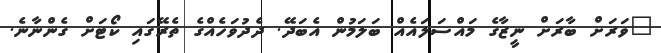
"ވަރަށް ބާރަށް ނީޒާގެ މައްސަލައެއް ބަލަމުން އެބަދޭ. ދެދުވަހެއްގެ ތެރޭގައި ކޯޓަށް ގެންނާނެ.